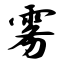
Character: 雾